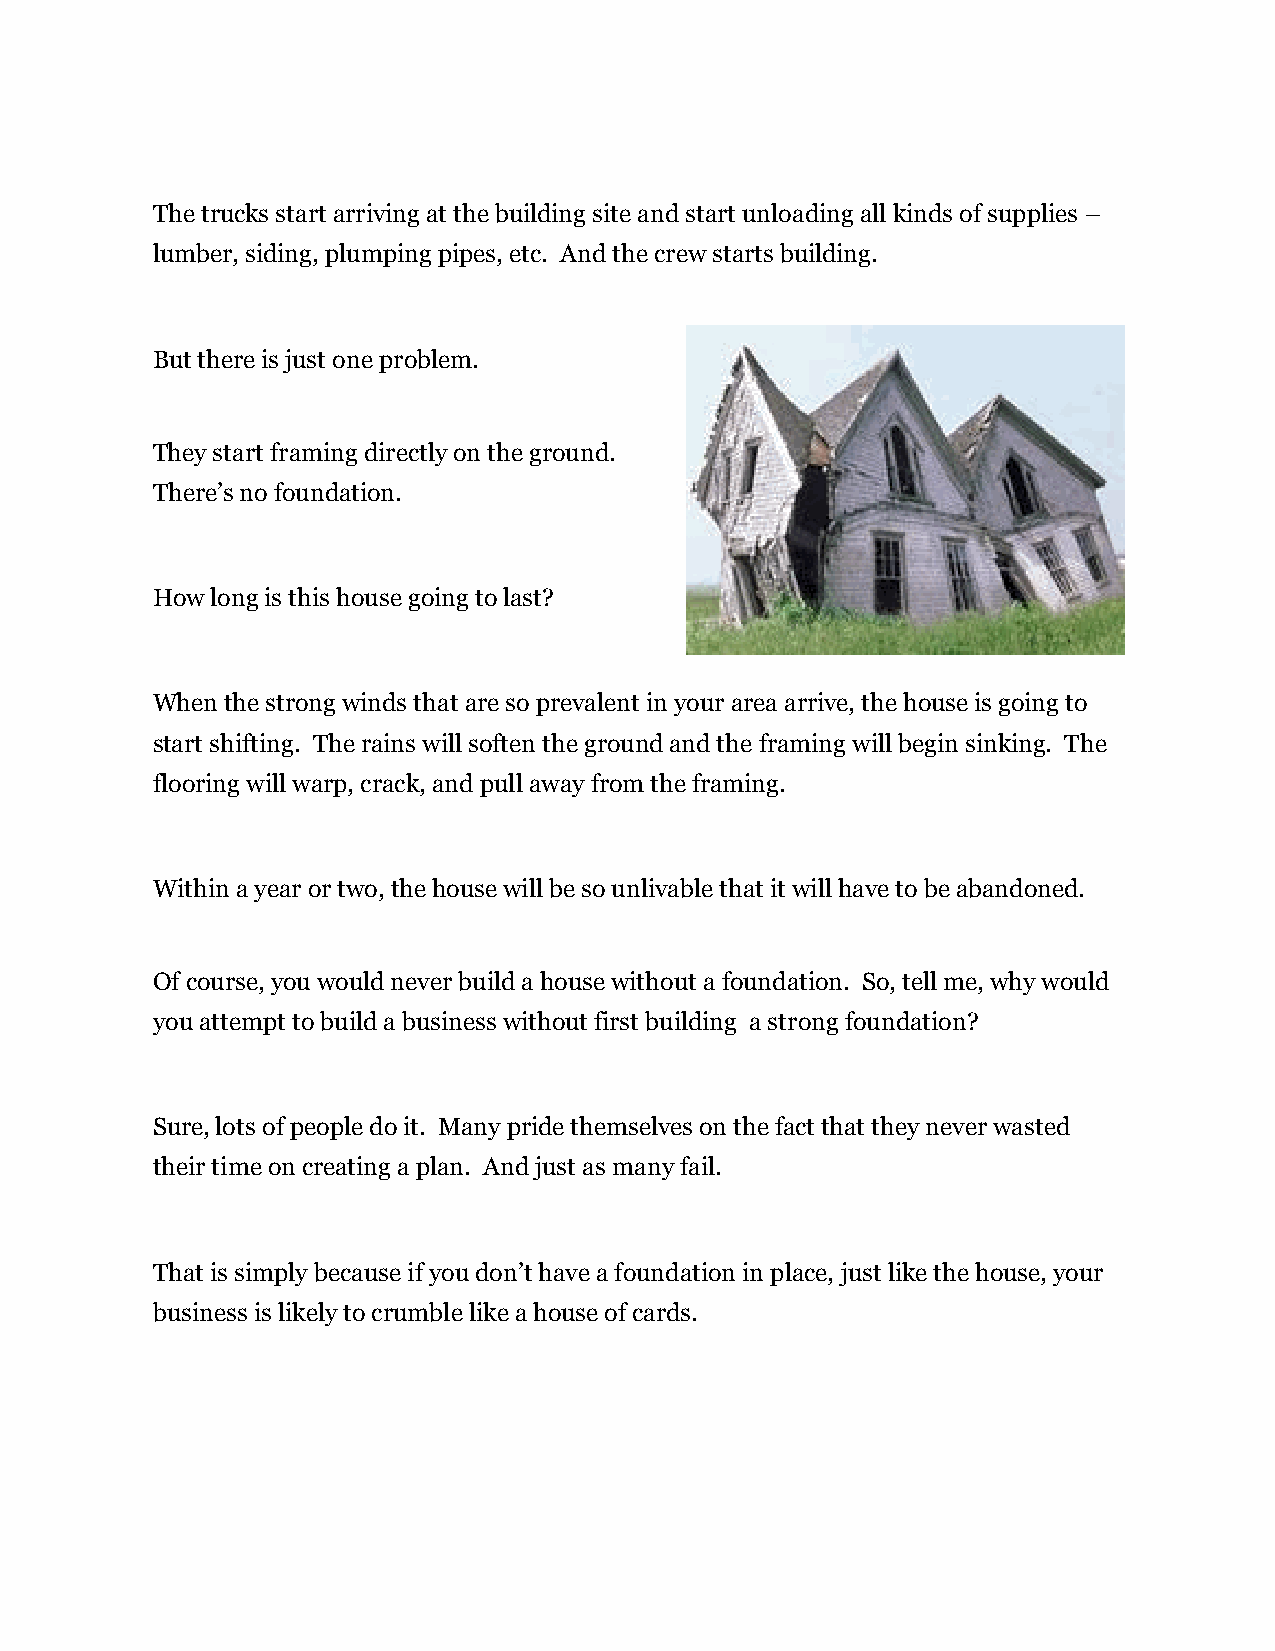
The trucks start arriving at the building site and start unloading all kinds of supplies –
 lumber, siding, plumping pipes, etc. And the crew starts building.
 But there is just one problem.
 They start framing directly on the ground.
 There’s no foundation.
 How long is this house going to last?
 When the strong winds that are so prevalent in your area arrive, the house is going to
 start shifting. The rains will soften the ground and the framing will begin sinking. The
 flooring will warp, crack, and pull away from the framing.
 Within a year or two, the house will be so unlivable that it will have to be abandoned.
 Of course, you would never build a house without a foundation. So, tell me, why would
 you attempt to build a business without first building a strong foundation?
 Sure, lots of people do it. Many pride themselves on the fact that they never wasted
 their time on creating a plan. And just as many fail.
 That is simply because if you don’t have a foundation in place, just like the house, your
 business is likely to crumble like a house of cards.